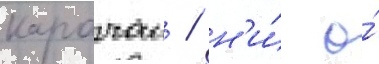
карачаи / н'и́ о́